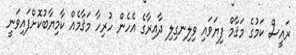
ރައީސް ކަމުގެ މަޤާމް ފިޔަވައި ވިލިނގިލި ދާއިރާގެ އެހެން ހުރިހާ މަޤާމެއް ކާމިޔާބުކޮށްފައިވަނީ